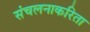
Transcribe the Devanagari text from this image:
संचलनाकरिता